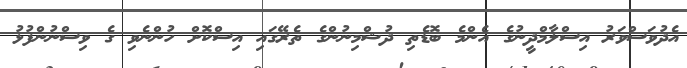
އެދުވަސްވަރު އިސްލާމްދީނުގެ އެންމެ ބޮޑެތި ދުޝްމިނުންގެ ތެރޭގައި އިސްކޮށް ހުންނެވި ގެ ވިސްނުންފުޅު